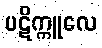
ပဋိက္ကူလေ